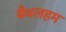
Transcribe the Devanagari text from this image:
बैथलहम